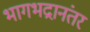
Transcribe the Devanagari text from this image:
भागभद्रानंतर